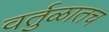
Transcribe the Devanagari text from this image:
वर्तुळातच